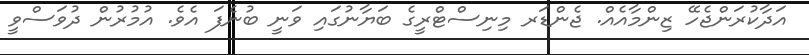
އަދާކުރަންޖެހޭ ޒިންމާއެއް. ޖެންޑަރ މިނިސްޓްރީގެ ބަޔާނުގައި ވަނީ ބުނެފަ އެވެ. އުމުރުން ދުވަސްވީ